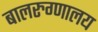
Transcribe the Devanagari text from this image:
बालरुग्णालय